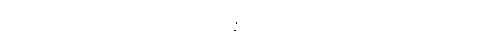
ဝိသေသတောယေဝ သဗ္ဗတြာပိ အဘိန္နာတိ ပုရိမယာမံ ဧဝသဒ္ဒေ ကတပရိကမ္မော